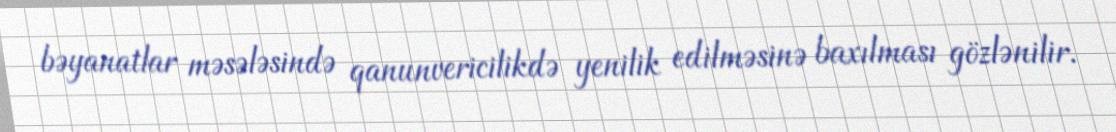
bəyanatlar məsələsində qanunvericilikdə yenilik edilməsinə baxılması gözlənilir.